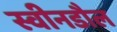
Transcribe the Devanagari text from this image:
स्वीनडौल